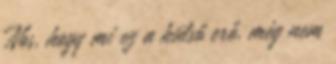
Nos, hogy mi ez a külső erő, még nem